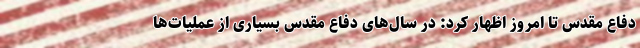
دفاع مقدس تا امروز اظهار کرد: در سال‌های دفاع مقدس بسیاری از عملیات‌ها